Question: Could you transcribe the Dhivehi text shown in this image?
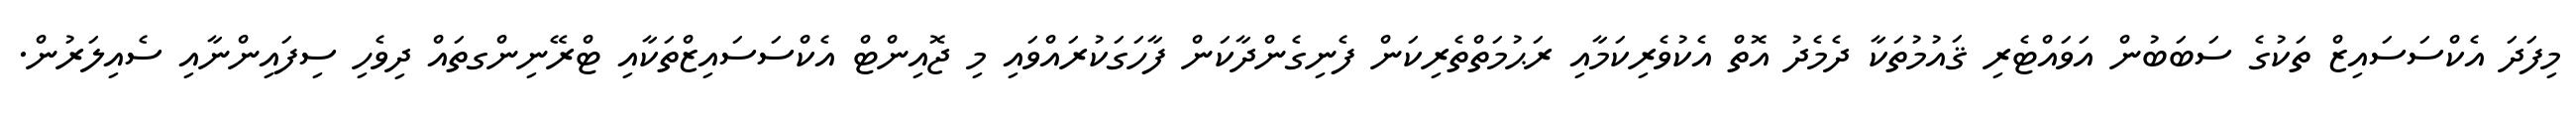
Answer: މިފަދަ އެކްސަސައިޒް ތަކުގެ ސަބަބުން އަވައްޓެރި ޤައުމުތަކާ ދެމެދު އޮތް އެކުވެރިކަމާއި ރަޙުމަތްތެރިކަން ފެނިގެންދާކަން ފާހަގަކުރައްވައި މި ޖޮއިންޓް އެކްސަސައިޒްތަކާއި ޓްރޭނިންގތައް ދިވެހި ސިފައިންނާއި ސެއިލަރުން.